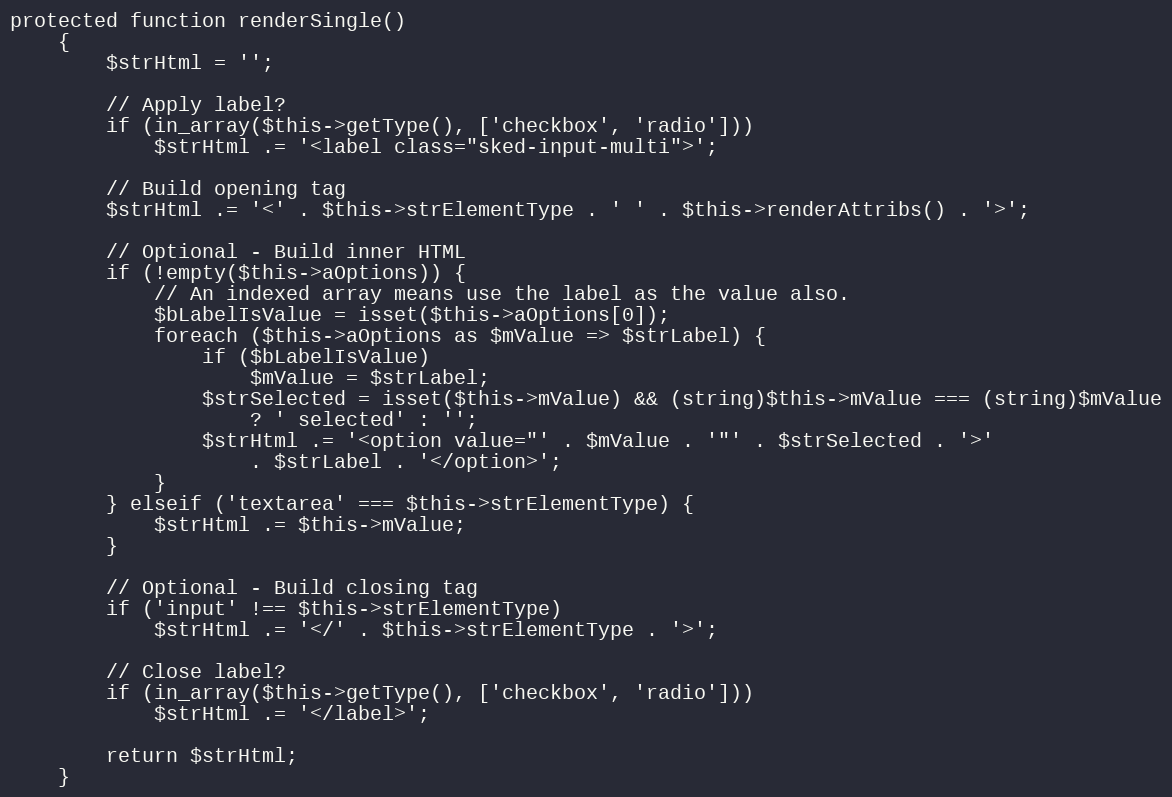
Language: PHP
protected function renderSingle()
    {
        $strHtml = '';

        // Apply label?
        if (in_array($this->getType(), ['checkbox', 'radio']))
            $strHtml .= '<label class="sked-input-multi">';

        // Build opening tag
        $strHtml .= '<' . $this->strElementType . ' ' . $this->renderAttribs() . '>';

        // Optional - Build inner HTML
        if (!empty($this->aOptions)) {
            // An indexed array means use the label as the value also.
            $bLabelIsValue = isset($this->aOptions[0]);
            foreach ($this->aOptions as $mValue => $strLabel) {
                if ($bLabelIsValue)
                    $mValue = $strLabel;
                $strSelected = isset($this->mValue) && (string)$this->mValue === (string)$mValue
                    ? ' selected' : '';
                $strHtml .= '<option value="' . $mValue . '"' . $strSelected . '>'
                    . $strLabel . '</option>';
            }
        } elseif ('textarea' === $this->strElementType) {
            $strHtml .= $this->mValue;
        }

        // Optional - Build closing tag
        if ('input' !== $this->strElementType)
            $strHtml .= '</' . $this->strElementType . '>';

        // Close label?
        if (in_array($this->getType(), ['checkbox', 'radio']))
            $strHtml .= '</label>';

        return $strHtml;
    }